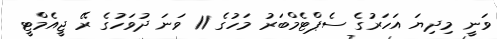
ވަނީ މިދިޔަ އަހަރުގެ ސެޕްޓެމްބަރު މަހުގެ 11 ވަނަ ދުވަހުގެ ރޭ ޖީއެމްޓީ